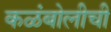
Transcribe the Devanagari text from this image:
कळंबोलीची